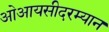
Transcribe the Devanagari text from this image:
ओआयसीदरम्यान